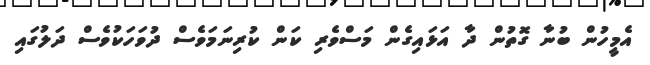
އެމީހުން ބުނާ ގޮތުން ދާ އަޅައިގެން މަސްވެރި ކަން ކުރިނަމަވެސް ދުވަހަކުވެސް ދަލުގައި